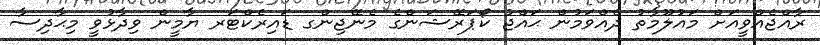
ރާއްޖެއްވީއަށް މައުލޫމާތު ދެއްވަމުން ޙައްޖު ކޯޕަރޭޝަންގެ މެނޭޖިންގ ޑައިރެކްޓަރ ޔާމީން ވިދާޅުވީ މިޙާދިސާ